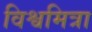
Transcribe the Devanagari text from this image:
विश्वमित्रा